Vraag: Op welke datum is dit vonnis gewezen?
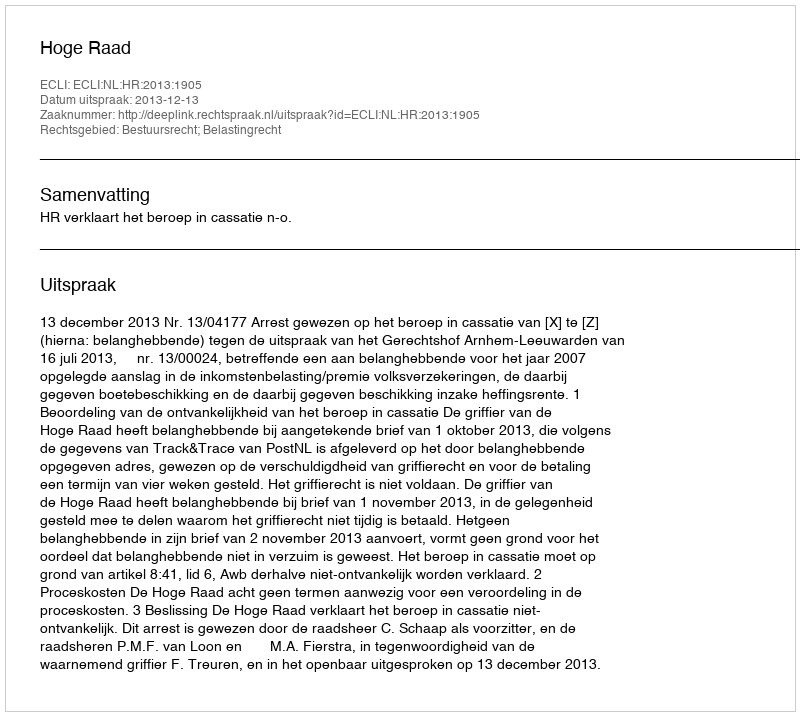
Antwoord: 2013-12-13